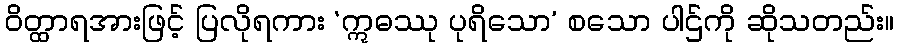
ဝိတ္ထာရအားဖြင့် ပြလိုရကား ‘ဣဓဿု ပုရိသော’ စသော ပါဌ်ကို ဆိုသတည်း။